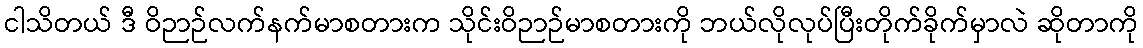
ငါသိတယ် ဒီ ဝိဉာဉ်လက်နက်မာစတားက သိုင်းဝိဉာဉ်မာစတားကို ဘယ်လိုလုပ်ပြီးတိုက်ခိုက်မှာလဲ ဆိုတာကို